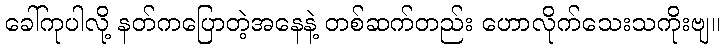
ခေါ်ကုပါလို့ နတ်ကပြောတဲ့အနေနဲ့ တစ်ဆက်တည်း ဟောလိုက်သေးသကိုးဗျ။